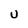
Character: U